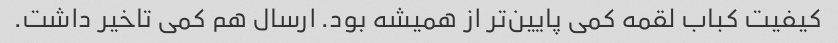
کیفیت کباب لقمه کمی پایین‌تر از همیشه بود. ارسال هم کمی تاخیر داشت.